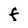
Character: f